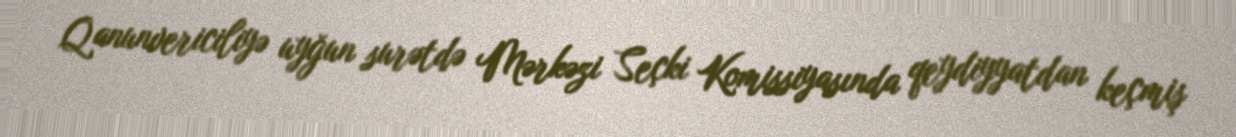
Qanunvericiliyə uyğun surətdə Mərkəzi Seçki Komissiyasında qeydiyyatdan keçmiş